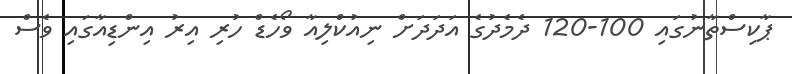
ޕާކިސްތާނުގައި 100-120 ދެމެދުގެ އަދަދަށް ނިއުކްލިއާ ވޯހެޑް ހުރި އިރު އިންޑިއާގައި ވެސް